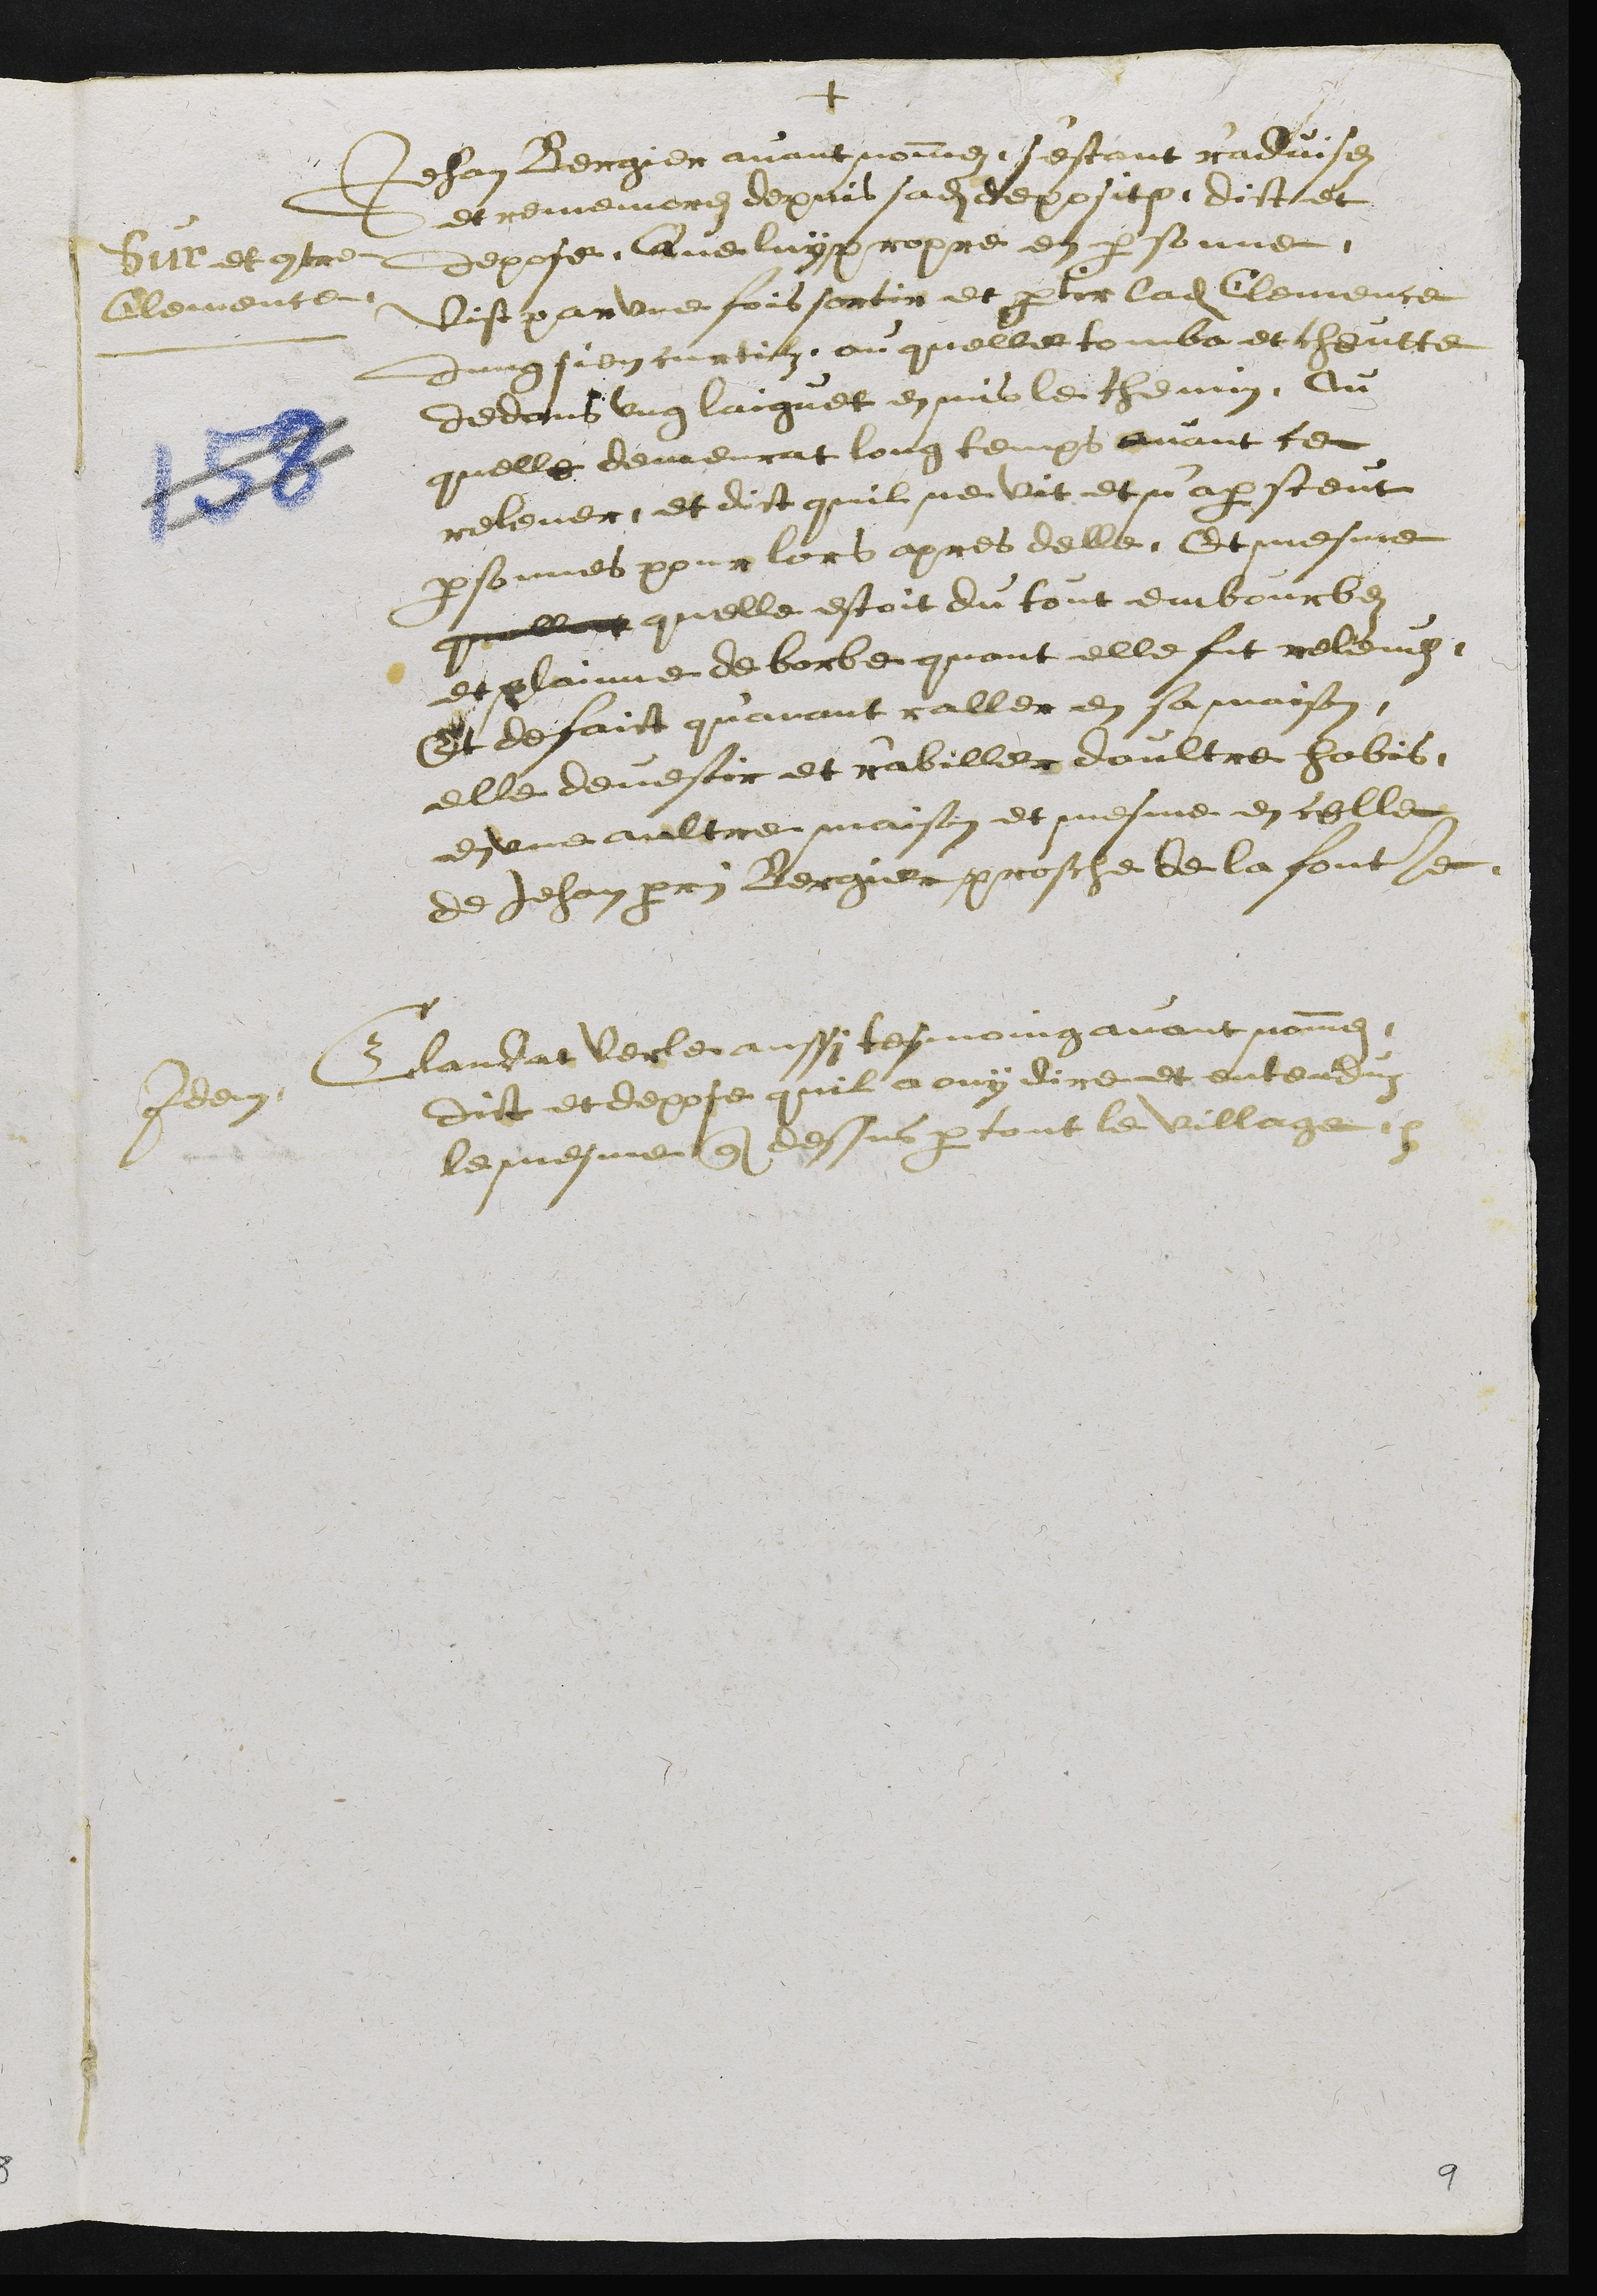
+
Sur et contre
Clemence
Jehan Bergier avant nommez s'estant r'advisez
et rememorez depuis sadite deposition, dict et
depose Que luy propre en personne.
Vist par une fois sortir et partir ladite Clemence
dung sien curtilz, ou quelle tomba et cheutte
dedans ung laiguet en mis le chemin Au
quelle demeurat long temps avant ce
relever, et dict quil ne vit et n'apersceut
personnes pour lors apres delle, Et mesme
quelleut quelle estoit du tout embourbez
et plainne de borbe quant elle fut relevez
Et de faict qu'avant raller en sa maison
elle devestir et r'abiller daultre habis
en une aultre maison et mesme en celle
de Jehan perrin Bergier prosche de la fontaine
Idem
Claudat Verle aussi tesmoing avant nommez
dict et depose quil a ouy dire et entenduz
le mesme que dessus par tout le village
9